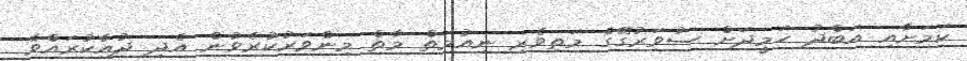
ކަމަށާއި އަބްދު ހަމީދަށް ސުވަރުގޭގެ މަތިވެރި ނިއުމަތް މާތް މިންވަރުކުރެވުން އެދި ދުއާކުރައްވާ